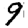
Digit: 9